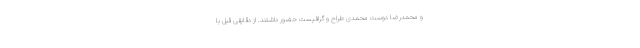
و محمدرضا دوست محمدی طراح و گرافیست حضور داشتند. از دقایقی قبل با